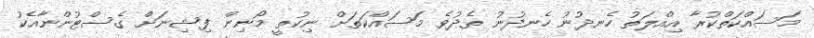
މަސައްކަތްކުރާ އިއްލަތު ހެނދުނު ހެނދުނު ތެދުވެ މަސައްކަތަށް ނިކުތީ މޯނިން ފިޝިނަށް ގެސްޓުންނާއެކު